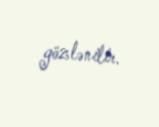
gözlənilir.